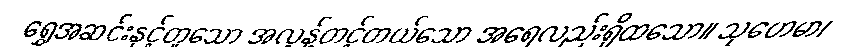
ရွှေအဆင်းနှင့်တူသော အလွန့်တင့်တယ်သော အရေလည်းရှိထသော။ သုဟေမာ၊